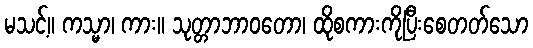
မသင့်။ ကသ္မာ၊ ကား။ သုတ္တာဘာဝတော၊ ထိုစကားကိုပြီးစေတတ်သော